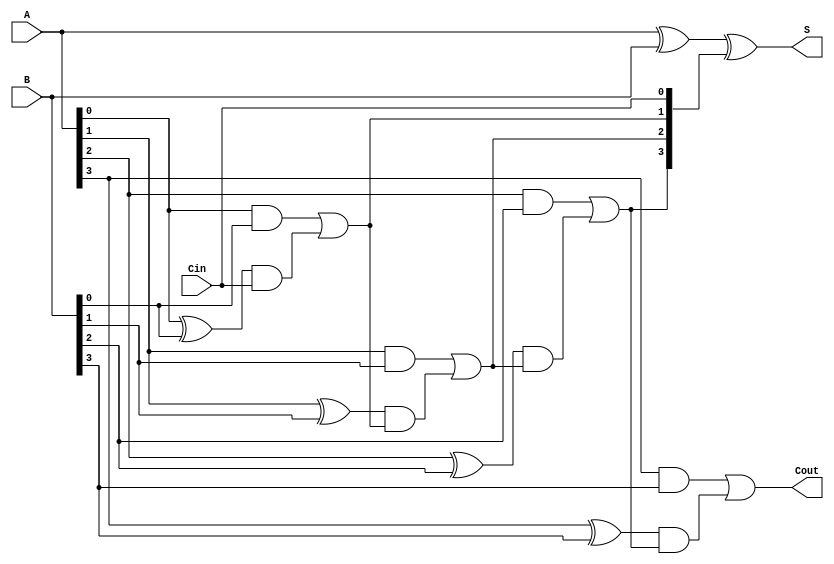
module CLA(
  input [3:0]A, B, 
  input Cin,
  output [3:0] S,
  output Cout
);
  wire [3:0] Ci; 
  
  assign Ci[0] = Cin;
  
  assign Ci[1] = (A[0] & B[0]) | ((A[0]^B[0]) & Ci[0]);
  
  assign Ci[2] = (A[1] & B[1]) | ((A[1]^B[1]) & Ci[1]);

  assign Ci[3] = (A[2] & B[2]) | ((A[2]^B[2]) & Ci[2]);
  
  assign Cout  = (A[3] & B[3]) | ((A[3]^B[3]) & Ci[3]);

  assign S = A^B^Ci;
endmodule